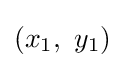
(x_{1},\ y_{1})